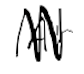
Text: Air
Cross-out: zig-zag
Writing tool: digital_black